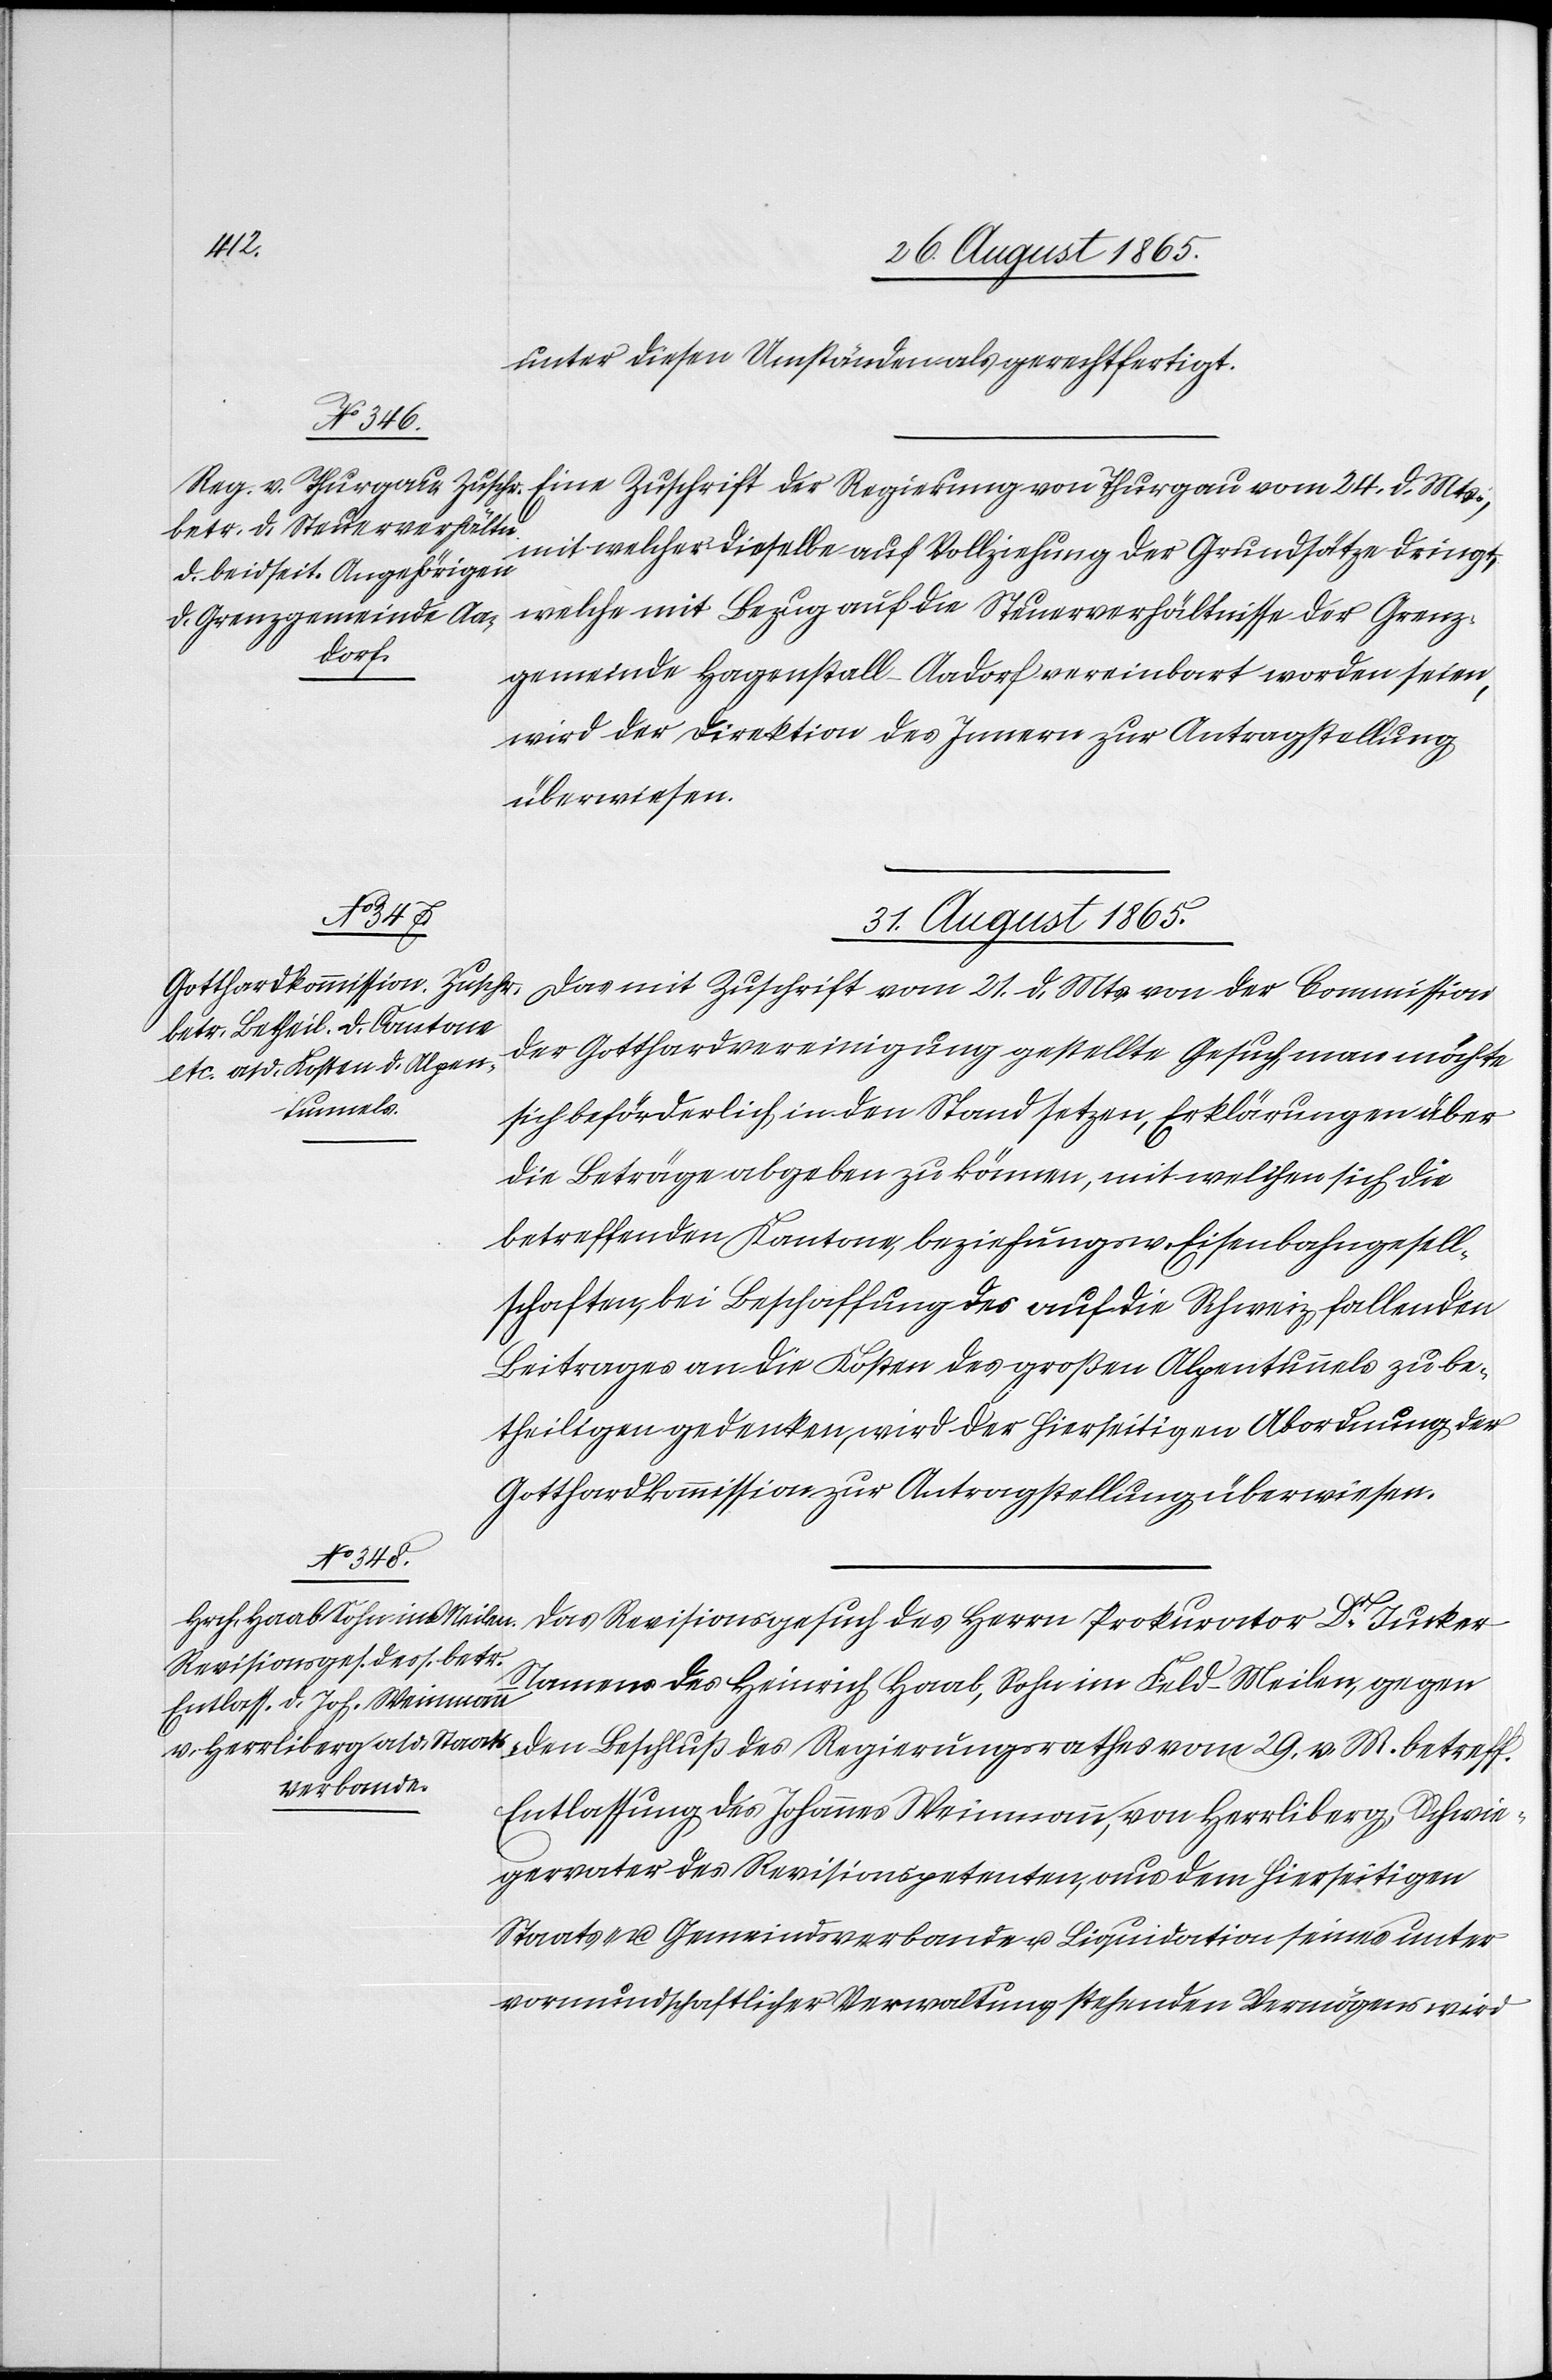
unter diesen Umständen gerechtfertigt.
Eine Zuschrift der Regierung von Thurgau vom 26. d. Mts.,
mit welcher dieselbe auf Vollziehung der Grundsätze dringt,
welche mit Bezug auf die Steuerverhältnisse der Grenz¬
gemeinde Hagenstall-Aadorf vereinbart worden, seien
wird der Direktion des Innern zur Antragstellung
überwiesen.
31. August 1865.]
Das mit Zuschrift vom 21. d. Mts. von der Commission
der Gotthardvereinigung gestellte Gesuch man möchte
sich beförderlich in den Stand setzen, Erklärungen über
die Beträge abgeben zu können, mit welchen sich die
betreffenden Kantone, beziehungsw. Eisenbahngesell¬
schaften bei Beschaffung des auf die Schweiz fallenden
Beitrages an die Kosten des großen Alpentunnels zu be¬
theiligen gedenken, wird der hierseitigen Abordnung der
Gotthardkommission zur Antragstellung überwiesen.
Das Revisionsgesuch des Herrn Prokurator Dr Jucker
Namens des Heinrich Haab, Sohn im Feld-Meilen, gegen
den Beschluß des Regierungsrathes vom 29. v. M. betreff.
Entlassung des Johannes Weinmann, von Herrliberg, Schwie¬
gervater des Revisionspetenten, aus dem hierseitigen
Staats- u. Gemeindsverbande u. Liquidation seines unter
vormundschaftlicher Verwaltung stehenden Vermögens wird